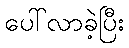
ပေါ်လာခဲ့ပြီး